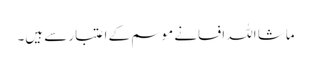
ماشا اللہ افسانے موسم کے اعتبار سے ہیں۔